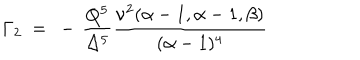
\Gamma _ { 2 } ~ = ~ - \, \frac { Q ^ { 5 } } { \Delta ^ { 5 } } \frac { \nu ^ { 2 } ( \alpha - 1 , \alpha - 1 , \beta ) } { ( \alpha - 1 ) ^ { 4 } }